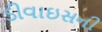
ડીવાઇસની